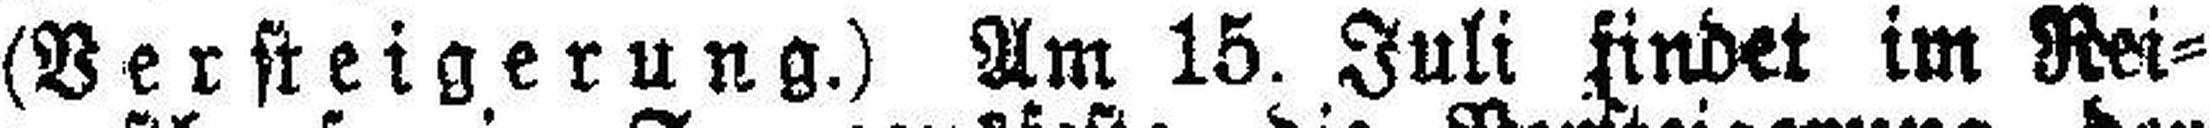
(Versteigerung.) Am 15. Juli findet im Rei¬